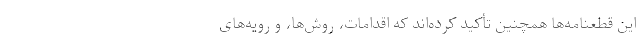
این قطعنامه‌ها همچنین تأکید کرده‌اند که اقدامات، روش‌ها، و رویه‌های